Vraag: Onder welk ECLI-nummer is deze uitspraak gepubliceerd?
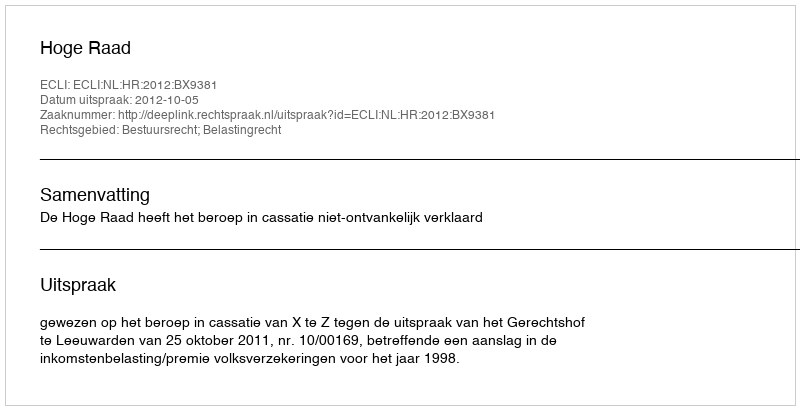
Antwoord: ECLI:NL:HR:2012:BX9381